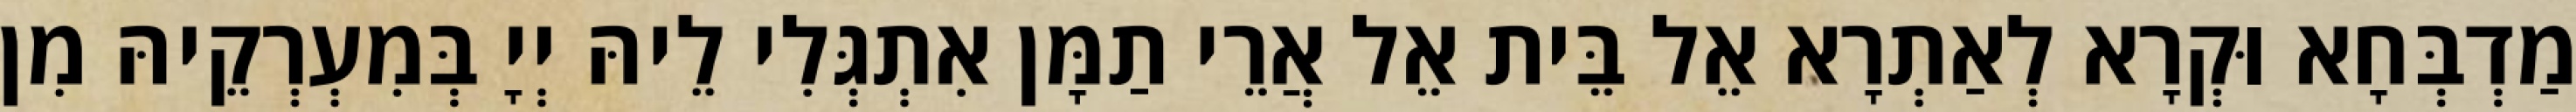
מַדְבְּחָא וּקְרָא לְאַתְרָא אֵל בֵּית אֵל אֲרֵי תַמָּן אִתְגְּלִי לֵיהּ יְיָ בְּמִעְרְקֵיהּ מִן